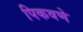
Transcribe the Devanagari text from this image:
पिकवणे